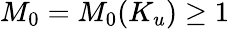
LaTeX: M_{0}=M_{0}(K_{u})\geq 1